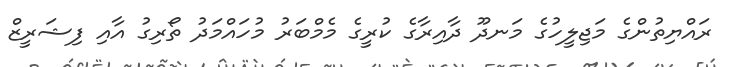
ރައްޔިތުންގެ މަޖިލީހުގެ މަނދޫ ދާއިރާގެ ކުރީގެ މެމްބަރު މުހައްމަދު ތޯރިގު އާއި ފިޝަރީޒް